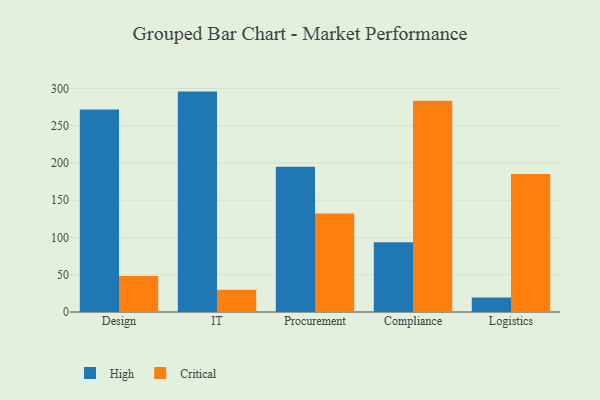
{"axis": {"x": "Department", "y": "Bounce Rate (%)"}, "legend": ["Critical", "High"], "data": [{"x": "Design", "y": 271.7, "type": "High"}, {"x": "Design", "y": 48.3, "type": "Critical"}, {"x": "IT", "y": 295.8, "type": "High"}, {"x": "IT", "y": 29.7, "type": "Critical"}, {"x": "Procurement", "y": 194.9, "type": "High"}, {"x": "Procurement", "y": 132.1, "type": "Critical"}, {"x": "Compliance", "y": 93.7, "type": "High"}, {"x": "Compliance", "y": 283.4, "type": "Critical"}, {"x": "Logistics", "y": 19.5, "type": "High"}, {"x": "Logistics", "y": 185.2, "type": "Critical"}]}